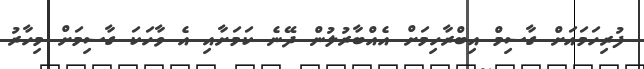
ފުރިހަމައަށް ގާސިމް އިބްރާހިމަށް އެއްބާރުލުން ދޭނެ ކަމަށާއި އެ ވާހަކަ ގާސިމަށް މިހާރު